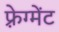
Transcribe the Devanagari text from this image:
फ़्रेग्मेंट